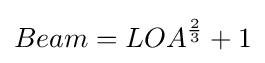
Beam=LOA^{\frac {2}{3}}+1